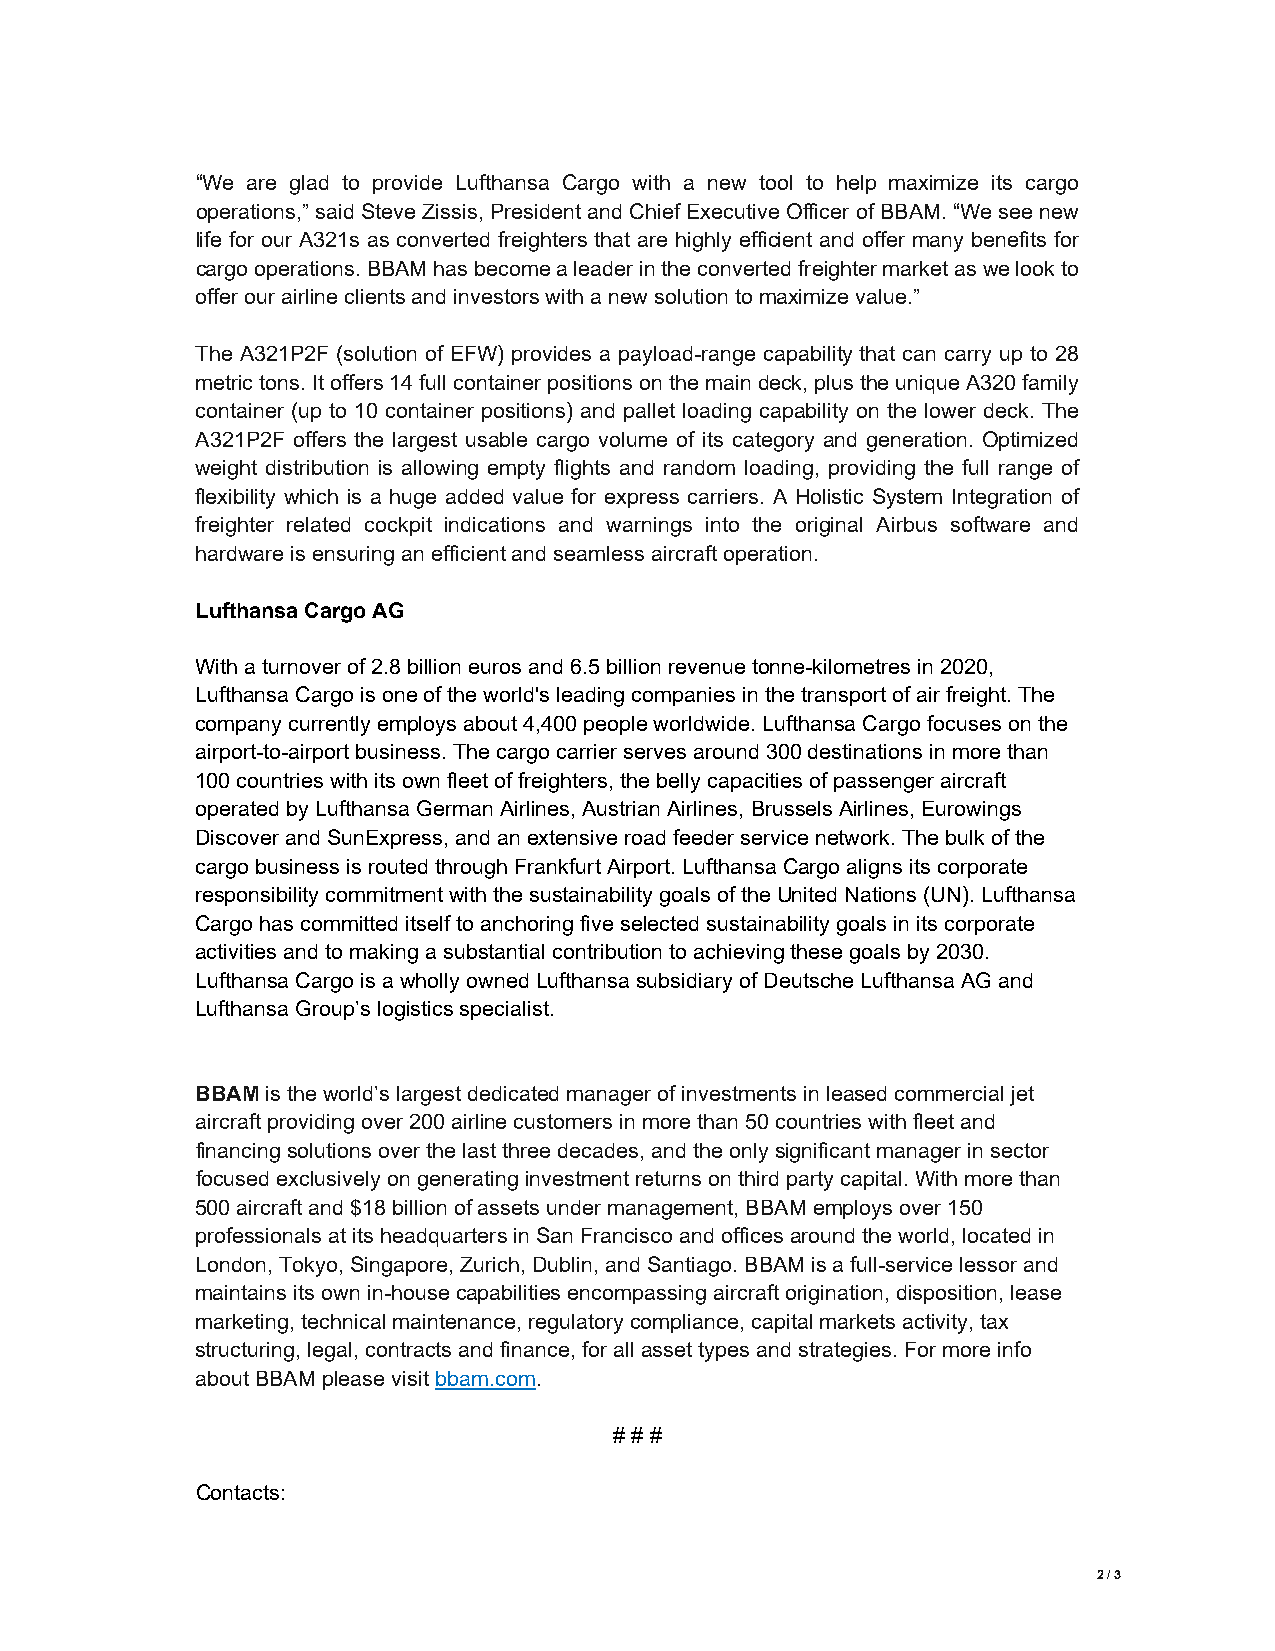
“We are glad to provide Lufthansa Cargo with a new tool to help maximize its cargo
 operations,” said Steve Zissis, President and Chief Executive Officer of BBAM. “We see new
 life for our A321s as converted freighters that are highly efficient and offer many benefits for
 cargo operations. BBAM has become a leader in the converted freighter market as we look to
 offer our airline clients and investors with a new solution to maximize value.”
 The A321P2F (solution of EFW) provides a payload-range capability that can carry up to 28
 metric tons. It offers 14 full container positions on the main deck, plus the unique A320 family
 container (up to 10 container positions) and pallet loading capability on the lower deck. The
 A321P2F offers the largest usable cargo volume of its category and generation. Optimized
 weight distribution is allowing empty flights and random loading, providing the full range of
 flexibility which is a huge added value for express carriers. A Holistic System Integration of
 freighter related cockpit indications and warnings into the original Airbus software and
 hardware is ensuring an efficient and seamless aircraft operation.
 Lufthansa Cargo AG
 With a turnover of 2.8 billion euros and 6.5 billion revenue tonne-kilometres in 2020,
 Lufthansa Cargo is one of the world's leading companies in the transport of air freight. The
 company currently employs about 4,400 people worldwide. Lufthansa Cargo focuses on the
 airport-to-airport business. The cargo carrier serves around 300 destinations in more than
 100 countries with its own fleet of freighters, the belly capacities of passenger aircraft
 operated by Lufthansa German Airlines, Austrian Airlines, Brussels Airlines, Eurowings
 Discover and SunExpress, and an extensive road feeder service network. The bulk of the
 cargo business is routed through Frankfurt Airport. Lufthansa Cargo aligns its corporate
 responsibility commitment with the sustainability goals of the United Nations (UN). Lufthansa
 Cargo has committed itself to anchoring five selected sustainability goals in its corporate
 activities and to making a substantial contribution to achieving these goals by 2030.
 Lufthansa Cargo is a wholly owned Lufthansa subsidiary of Deutsche Lufthansa AG and
 Lufthansa Group’s logistics specialist.
 BBAM is the world’s largest dedicated manager of investments in leased commercial jet
 aircraft providing over 200 airline customers in more than 50 countries with fleet and
 financing solutions over the last three decades, and the only significant manager in sector
 focused exclusively on generating investment returns on third party capital. With more than
 500 aircraft and $18 billion of assets under management, BBAM employs over 150
 professionals at its headquarters in San Francisco and offices around the world, located in
 London, Tokyo, Singapore, Zurich, Dublin, and Santiago. BBAM is a full-service lessor and
 maintains its own in-house capabilities encompassing aircraft origination, disposition, lease
 marketing, technical maintenance, regulatory compliance, capital markets activity, tax
 structuring, legal, contracts and finance, for all asset types and strategies. For more info
 about BBAM please visit bbam.com.
 # # #
 Contacts:
 2 / 3